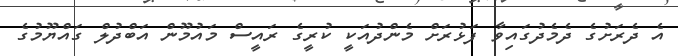
އެ ދެރަށުގެ ދެމެދުގައިވާ ފަޅުރަށް މެންދުއަކީ ކުރީގެ ރައީސް މައުމޫން އަބްދުލް ގައްޔޫމުގެ